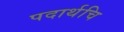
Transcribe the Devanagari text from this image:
पदार्थचि